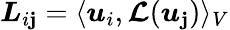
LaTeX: \boldsymbol{L}_{i\mathbf{j}}=\langle\boldsymbol{u}_{i},\boldsymbol{\mathcal{{L}}}(\boldsymbol{u}_{\mathbf{j}})\rangle_{V}